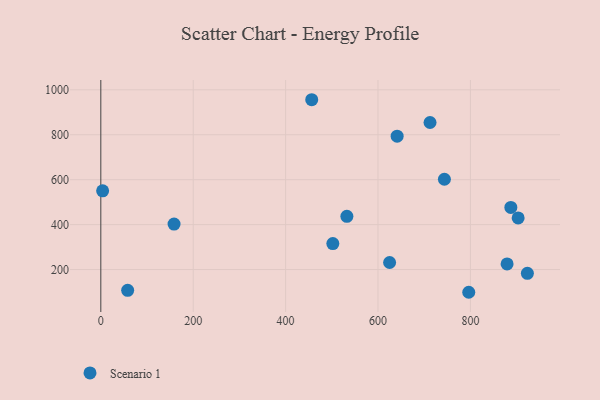
{"axis": {"x": "Speed", "y": "Yield"}, "legend": ["Scenario 1"], "data": [{"x": "743.7", "y": 601.9, "type": "Scenario 1"}, {"x": "923.3", "y": 183.4, "type": "Scenario 1"}, {"x": "712.6", "y": 854.5, "type": "Scenario 1"}, {"x": "641.4", "y": 793.5, "type": "Scenario 1"}, {"x": "532.6", "y": 436.9, "type": "Scenario 1"}, {"x": "58.1", "y": 107.7, "type": "Scenario 1"}, {"x": "903.3", "y": 430.0, "type": "Scenario 1"}, {"x": "3.9", "y": 550.3, "type": "Scenario 1"}, {"x": "625.1", "y": 231.4, "type": "Scenario 1"}, {"x": "502.2", "y": 315.5, "type": "Scenario 1"}, {"x": "879.4", "y": 224.9, "type": "Scenario 1"}, {"x": "456.5", "y": 955.9, "type": "Scenario 1"}, {"x": "158.5", "y": 402.4, "type": "Scenario 1"}, {"x": "796.4", "y": 98.9, "type": "Scenario 1"}, {"x": "887.5", "y": 476.7, "type": "Scenario 1"}]}